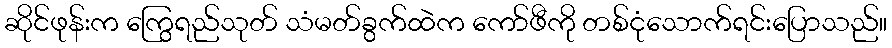
ဆိုင်ဖုန်းက ကြွေရည်သုတ် သံမတ်ခွက်ထဲက ကော်ဖီကို တစ်ငုံသောက်ရင်းပြောသည်။